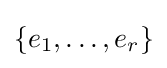
\{e_{1},\ldots ,e_{r}\}